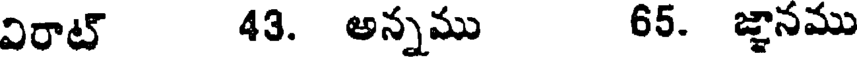
విరాట్ 43. అన్నము 65. జ్ఞానము